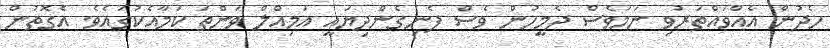
ހެދުން އެއްވައްތަރުވި ނަމަވެސް ދެމީހުން ވެސް ފެނިގެންދިޔައީ އަމިއްލް ވަންތަ ކަމާއެކުގައެވެ. އެގޮތުން